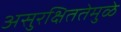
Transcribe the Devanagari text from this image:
असुरक्षिततेमुळे